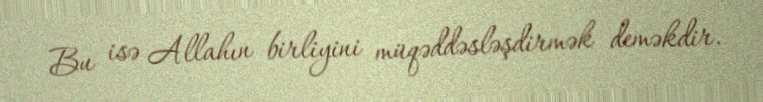
Bu isə Allahın birliyini müqəddəsləşdirmək deməkdir.